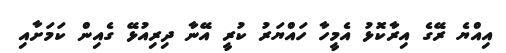
އިއްޔެ ރޭގެ އިރާކޮޅު އެމީހާ ހައްޔަރު ކުރީ އޭނާ ދިރިއުޅޭ ގެއިން ކަމަށާއި